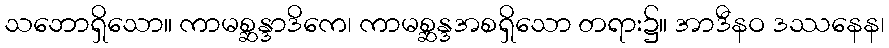
သဘောရှိသော။ ကာမစ္ဆန္ဒာဒိကေ၊ ကာမစ္ဆန္ဒအစရှိသော တရား၌။ အာဒီနဝ ဒဿနေန၊